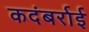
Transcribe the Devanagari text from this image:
कदंबर्राई